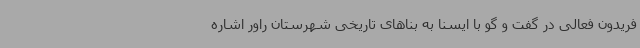
فریدون فعالی در گفت و گو با ایسنا به بناهای تاریخی شهرستان راور اشاره